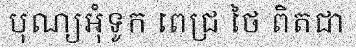
បុណ្យអុំទូក ពេជ្រ ថៃ ពិតជា